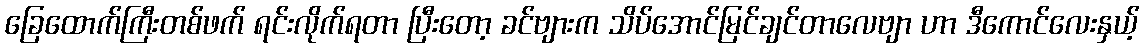
ခြေထောက်ကြီးတစ်ဖက် ရင်းလိုက်ရတာ ပြီးတော့ ခင်ဗျားက သိပ်အောင်မြင်ချင်တာလေဗျာ ဟာ ဒီကောင်လေးနှယ့်